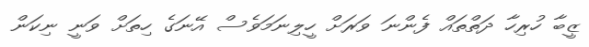
ޒީބާ ހުރިހާ ދަތްތައް ފެންނަ ވަރަށް ހީލިނަމަވެސް އޭނަގެ ހިތަށް ވަނީ ނިކަން